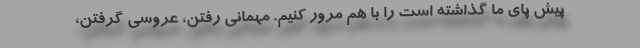
پیش پای ما گذاشته است را با هم مرور کنیم. مهمانی رفتن، عروسی گرفتن،